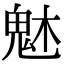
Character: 𩲙